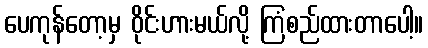
ပေကုန်တော့မှ ဝိုင်းဟားမယ်လို့ ကြံစည်ထားတာပေါ့။